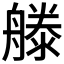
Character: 𣽨